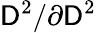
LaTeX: \mathsf{D}^{2}/\partial{\mathsf{D}^{2}}